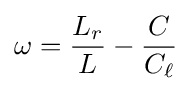
\omega ={\frac {L_{r}}{L}}-{\frac {C}{C_{\ell }}}